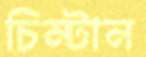
চিম্‌টান